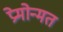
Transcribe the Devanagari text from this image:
प्रेमोन्मत